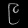
Digit: ၉